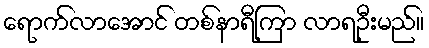
ရောက်လာအောင် တစ်နာရီကြာ လာရဦးမည်။